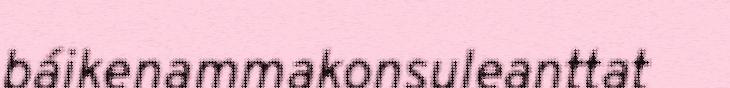
báikenammakonsuleanttat